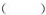
( )